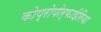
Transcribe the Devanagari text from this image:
कोप्रोपोर्फाईरिया